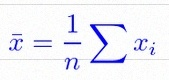
\bar{x}=\frac1n\sum x_i